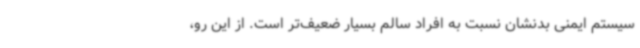
سیستم ایمنی بدنشان نسبت به افراد سالم بسیار ضعیف‌تر است. از این رو،